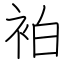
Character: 袙